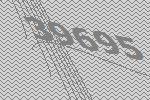
39695